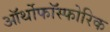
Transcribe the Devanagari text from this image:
ऑर्थोफाॅस्फोरिक